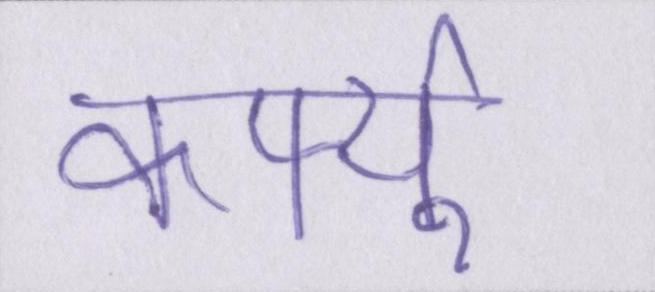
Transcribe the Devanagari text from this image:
कर्फ्यू